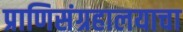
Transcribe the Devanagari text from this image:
प्राणिसंग्रहालयाचा